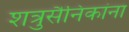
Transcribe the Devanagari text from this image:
शत्रुसैनिकांना